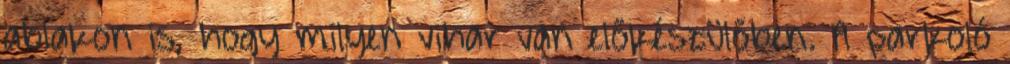
ablakon is, hogy milyen vihar van előkészülőben. A parkoló